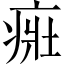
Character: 𤶜